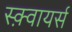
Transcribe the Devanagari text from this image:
स्क़्वायर्स